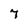
Character: 7